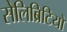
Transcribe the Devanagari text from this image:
सेलिब्रिटियों